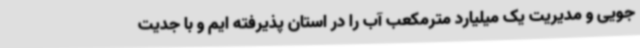
جویی و مدیریت یک میلیارد مترمکعب آب را در استان پذیرفته ایم و با جدیت